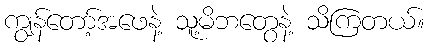
ကျွန်တော့်အဖေနဲ့ သူ့မိဘတွေနဲ့ သိကြတယ်။